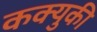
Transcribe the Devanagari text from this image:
कक्युकी